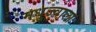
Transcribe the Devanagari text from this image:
मधुज्वाला